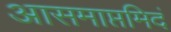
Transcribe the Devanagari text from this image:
आसमाप्तमिदं